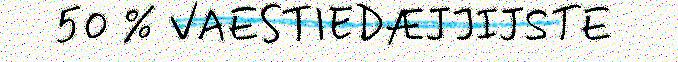
50 % VAESTIEDÆJJIJSTE